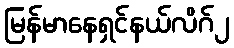
မြန်မာနေရှင်နယ်လိဂ်၂